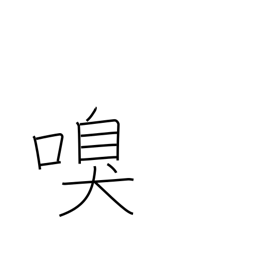
Meaning: sniff